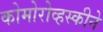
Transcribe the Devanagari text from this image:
कोमोरोव्हस्कीने